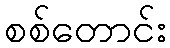
စစ်တောင်း